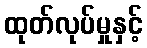
ထုတ်လုပ်မှုနှင့်